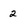
Character: 2